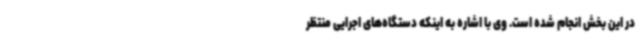
در این بخش انجام شده است. وی با اشاره به اینکه دستگاه‌های اجرایی منتظر